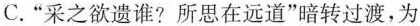
C.”采之欲遗谁?所思在远道”暗转过渡，为